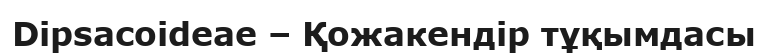
Dipsacoideae – Қожакендір тұқымдасы